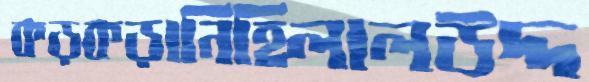
কড়কড়ানিহিলালউদ্দ